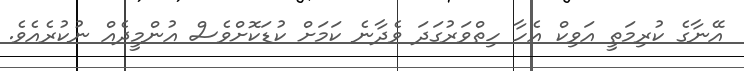
އޭނާގެ ކުރިމަތީ އަވިކް އެހާ ހިތްވަރުގަދަ ވެދާނެ ކަމަށް ކުޑަކޮށްވެސް އުންމީދެއް ނުކުރެއެވެ.